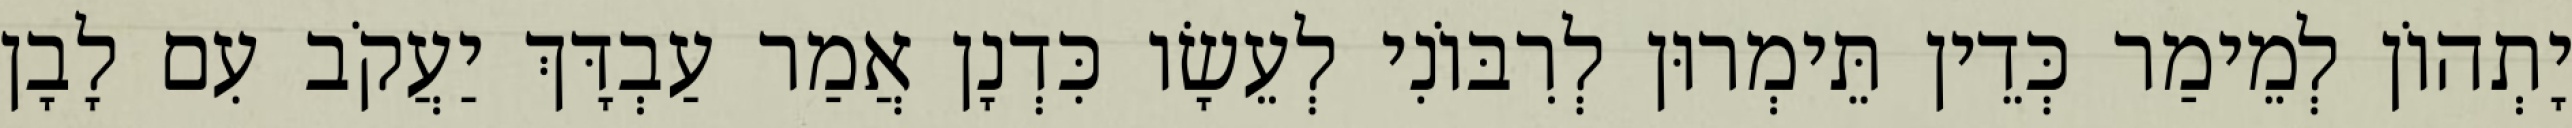
יָתְהוֹן לְמֵימַר כְּדֵין תֵּימְרוּן לְרִבּוֹנִי לְעֵשָׂו כִּדְנָן אֲמַר עַבְדָּךְ יַעֲקֹב עִם לָבָן